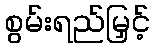
စွမ်းရည်မြှင့်